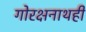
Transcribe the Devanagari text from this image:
गोरक्षनाथही